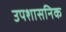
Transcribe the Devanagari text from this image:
उपशासनिक